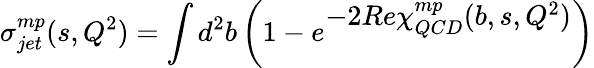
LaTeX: \sigma_{jet}^{mp}(s,Q^{2})=\int d^{2}b\left(1-e^{\textstyle-2Re\chi_{QCD}^{mp}(b,s,Q^{2})}\right)